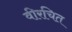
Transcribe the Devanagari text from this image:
वीरचित